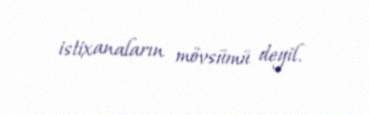
istixanaların mövsümü deyil.